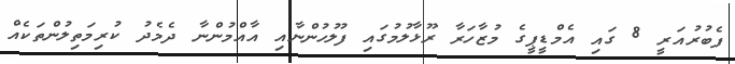
ފެބުރުއަރީ 8 ގައި އެމްޑީޕީގެ މުޒާހަރާ ރޫޅާލުމުގައި ފުލުހުންނާއި އާއްމުންނާ ދެމެދު ކުރިމަތިލުންތަކެއް